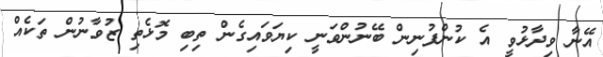
އޭނާ ވިދާޅުވީ އެ ކުންފުނިން ބޭނުންވަނީ ކިޔަވައިގެން ތިބި މޮޅެތި ޒުވާނުން ތަކެއް